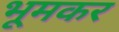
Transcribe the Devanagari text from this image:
भूमकर